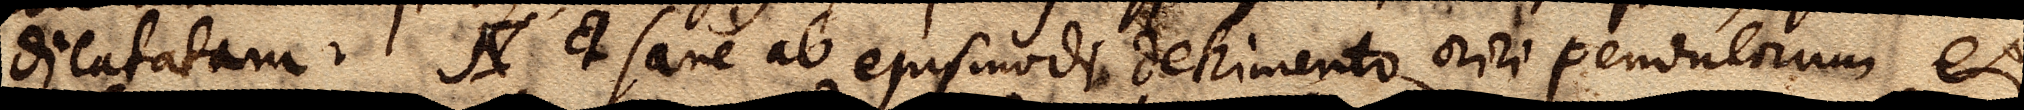
dilatatam. N et sane ab ejusmodi detrimento oriri pendulorum et